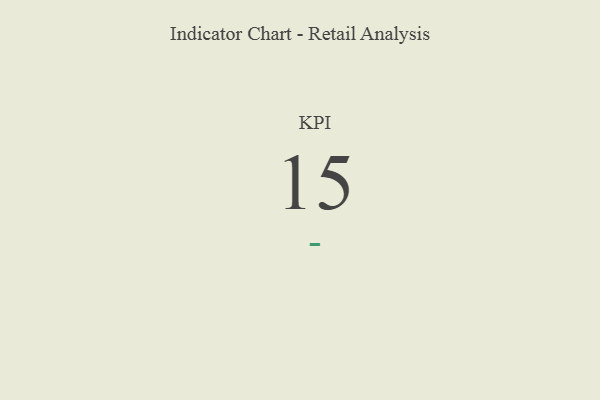
{"axis": {"x": "KPI", "y": "Value"}, "legend": [""], "data": [{"x": "KPI", "y": 15, "type": ""}]}